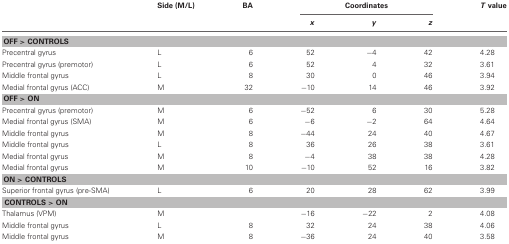
<table><thead><tr><td></td><td><b>Side (M/L)</b></td><td><b>BA</b></td><td colspan="3"><b>Coordinates</b></td><td><b><i>T</i> value</b></td></tr><tr><td></td><td></td><td></td><td><b><i>x</i></b></td><td><b><i>y</i></b></td><td><b><i>z</i></b></td><td></td></tr></thead><tbody><tr><td colspan="7"><b>OFF &gt; CONTROLS</b></td></tr><tr><td>Precentral gyrus</td><td>L</td><td>6</td><td>52</td><td>−4</td><td>42</td><td>4.28</td></tr><tr><td>Precentral gyrus (premotor)</td><td>L</td><td>6</td><td>52</td><td>4</td><td>32</td><td>3.61</td></tr><tr><td>Middle frontal gyrus</td><td>L</td><td>8</td><td>30</td><td>0</td><td>46</td><td>3.94</td></tr><tr><td>Medial frontal gyrus (ACC)</td><td>M</td><td>32</td><td>−10</td><td>14</td><td>46</td><td>3.92</td></tr><tr><td colspan="7"><b>OFF &gt; ON</b></td></tr><tr><td>Precentral gyrus (premotor)</td><td>M</td><td>6</td><td>−52</td><td>6</td><td>30</td><td>5.28</td></tr><tr><td>Medial frontal gyrus (SMA)</td><td>M</td><td>6</td><td>−6</td><td>−2</td><td>64</td><td>4.64</td></tr><tr><td>Middle frontal gyrus</td><td>M</td><td>8</td><td>−44</td><td>24</td><td>40</td><td>4.67</td></tr><tr><td>Middle frontal gyrus</td><td>L</td><td>8</td><td>36</td><td>26</td><td>38</td><td>3.61</td></tr><tr><td>Medial frontal gyrus</td><td>M</td><td>8</td><td>−4</td><td>38</td><td>38</td><td>4.28</td></tr><tr><td>Medial frontal gyrus</td><td>M</td><td>10</td><td>−10</td><td>52</td><td>16</td><td>3.82</td></tr><tr><td colspan="7"><b>ON &gt; CONTROLS</b></td></tr><tr><td>Superior frontal gyrus (pre-SMA)</td><td>L</td><td>6</td><td>20</td><td>28</td><td>62</td><td>3.99</td></tr><tr><td colspan="7"><b>CONTROLS &gt; ON</b></td></tr><tr><td>Thalamus (VPM)</td><td>M</td><td></td><td>−16</td><td>−22</td><td>2</td><td>4.08</td></tr><tr><td>Middle frontal gyrus</td><td>L</td><td>8</td><td>32</td><td>24</td><td>38</td><td>4.06</td></tr><tr><td>Middle frontal gyrus</td><td>M</td><td>8</td><td>−36</td><td>24</td><td>40</td><td>3.58</td></tr></tbody></table>